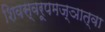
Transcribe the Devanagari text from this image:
शिवस्वरूपमज्ञात्वा